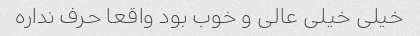
خیلی خیلی عالی و خوب بود واقعا حرف نداره